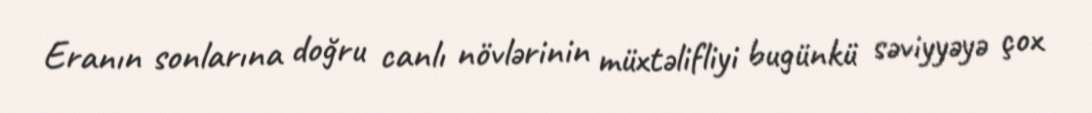
Eranın sonlarına doğru canlı növlərinin müxtəlifliyi bugünkü səviyyəyə çox